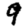
Digit: 9